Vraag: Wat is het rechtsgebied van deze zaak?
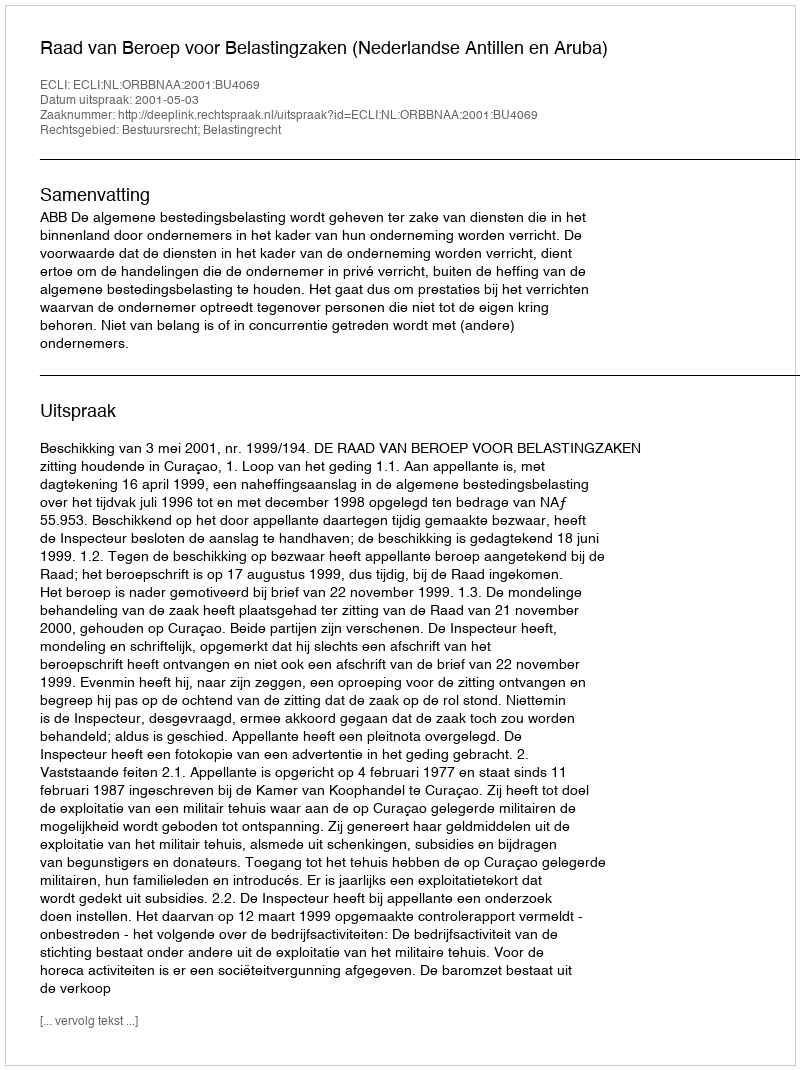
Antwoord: Bestuursrecht; Belastingrecht